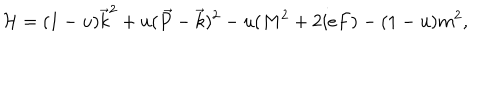
LaTeX: { \cal H } = ( 1 - u ) \vec { k } ^ { 2 } + u ( \vec { P } - \vec { k } ) ^ { 2 } - u ( M ^ { 2 } + 2 i e F ) - ( 1 - u ) m ^ { 2 } ,